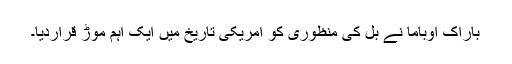
باراک اوباما نے بل کی منظوری کو امریکی تاریخ میں ایک اہم موڑ قراردیا۔